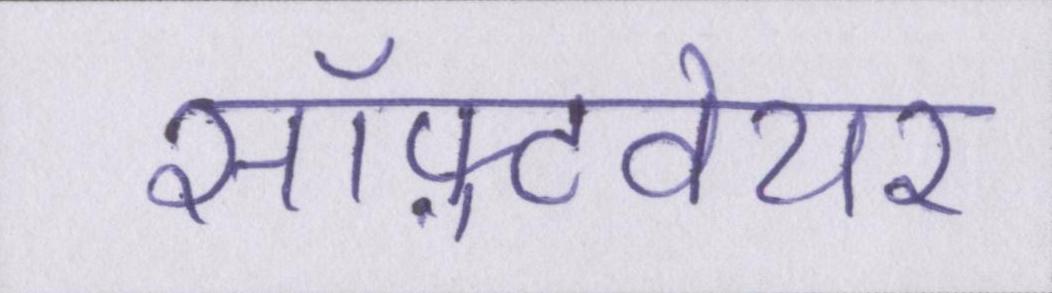
सॉफ़्टवेयर